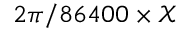
2 \pi / 8 6 4 0 0 \times \mathcal { X }